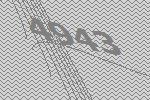
4943